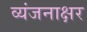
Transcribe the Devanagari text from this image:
व्यंजनाक्षर